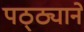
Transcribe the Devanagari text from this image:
पठ्ठ्याने